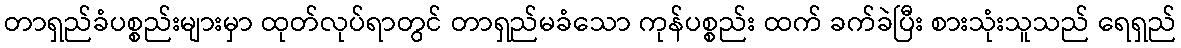
တာရှည်ခံပစ္စည်းများမှာ ထုတ်လုပ်ရာတွင် တာရှည်မခံသော ကုန်ပစ္စည်း ထက် ခက်ခဲပြီး စားသုံးသူသည် ရေရှည်